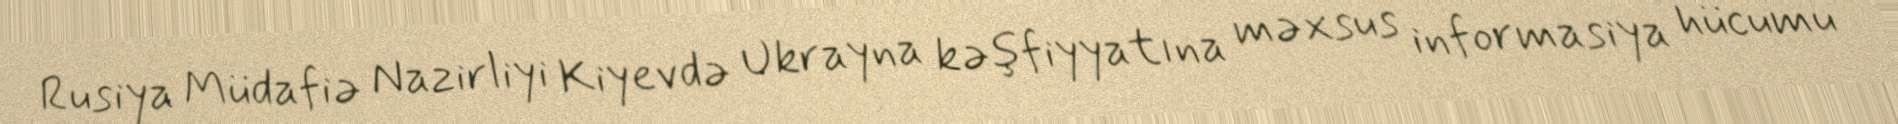
Rusiya Müdafiə Nazirliyi Kiyevdə Ukrayna kəşfiyyatına məxsus informasiya hücumu